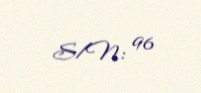
S/N: 96